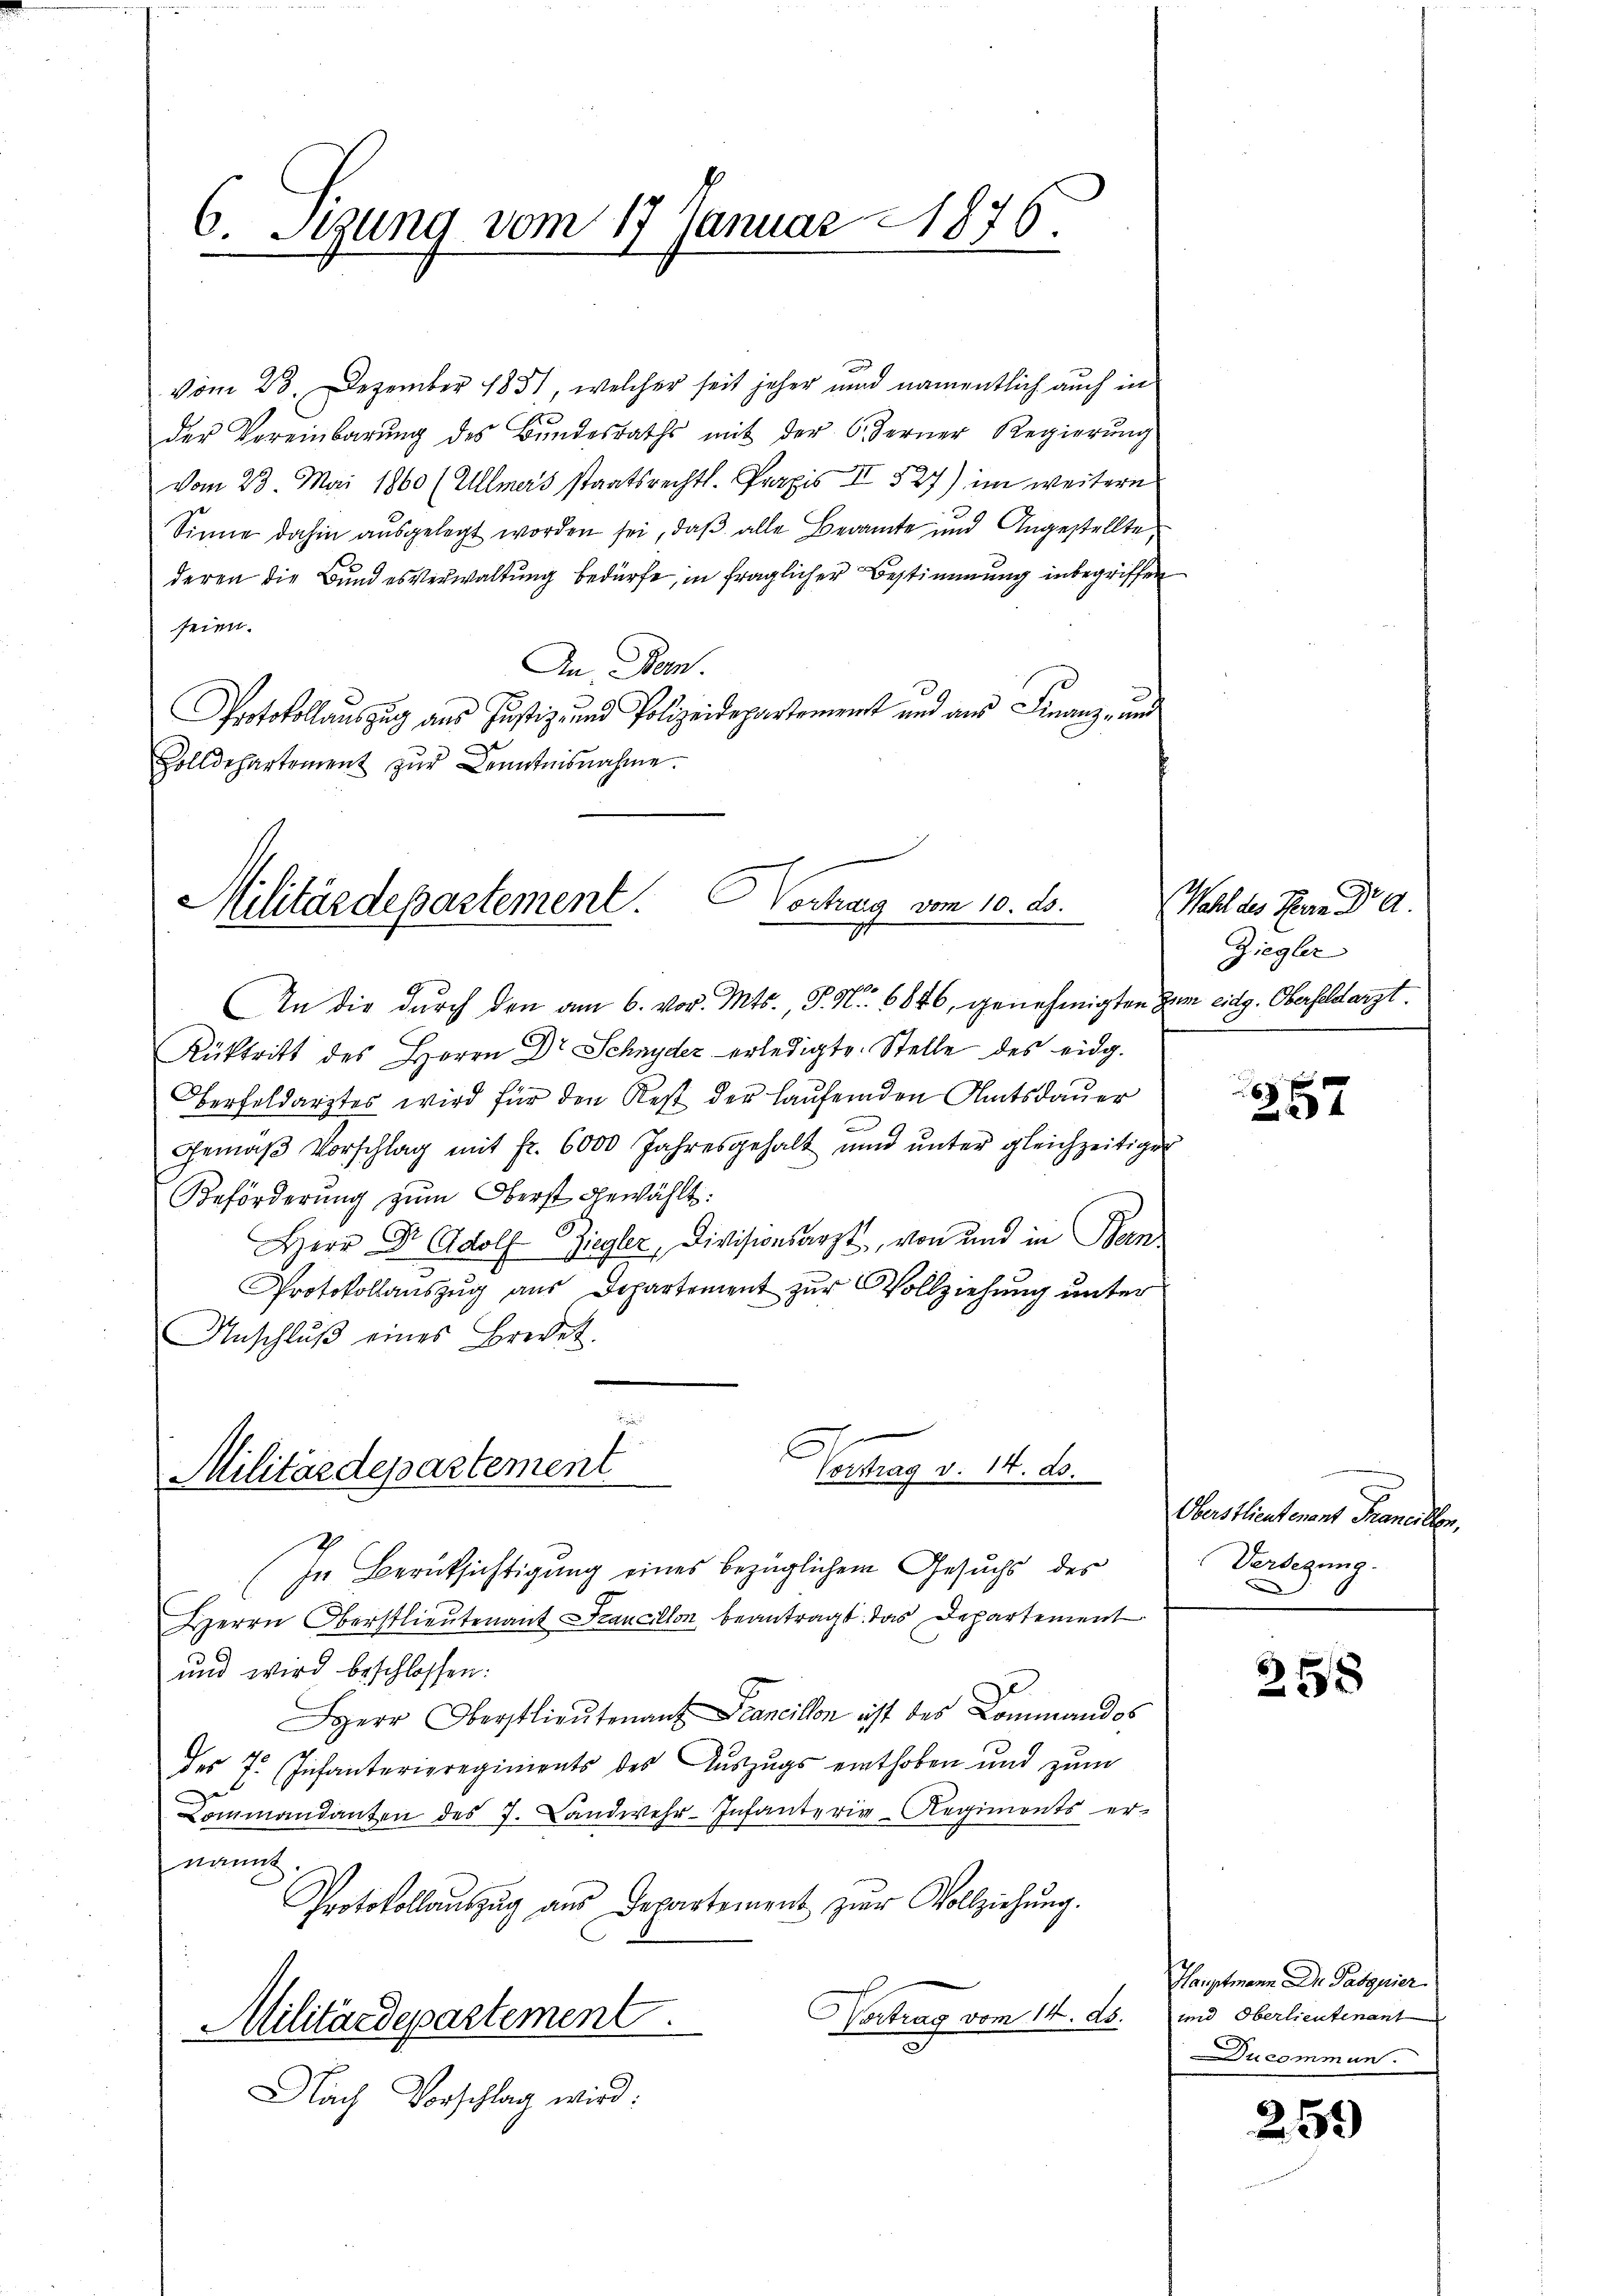
vom 23. Dezember 1851, welcher seit jeher und namentlich auch in
der Vereinbarŭng des Bŭndesraths mit der 6. Ferner Regierŭng
vom 23. Mai 1860 (Ullmers staatsrechtl. Praxis II 527) im weitere
Sinne dahin ausgelegt worden sei, daß alle Beamte und Angestellte,
deren die Bundesverwaltung bedürfe, in fraglicher Bestimmung inbegriffen
seien.
An Bern.
Protokollauszug aus Justiz- und Polizeidepartement und aus Finanz- und
Zolldepartement zŭr Kenntnisnahme.

6. Segung vom 17. Januar 1876.
.

Vortrang vom 10. ds.
Militärdepartement.

In die durch den am 6. vor. Mts. S. Nr. 6846, genehmigten zum eidg. Oberfeldarzt.
Rüktritt des Herrn Dr Schnyder erledigte Stelle des eidg.
Oberfoldarztes wird für den Rest der Laufenden Amtsdauer
c
Gemäβ Vorschlag mit fr. 6000 Jahresgehalt und ŭnter gleichzeitiger
Beförderung zum Oberst gewählt:
Herr Dr. Adolf Ziegler, Divisionsarzt, von und in Ban
Protokollauszug aus Departement zur Vollziehung unter
Anschlŭβ eines Bredet.

Militärdepartement
Centrag v. 14. d.
In Berücksichtigung eines bezüglichem Gesuchs des

Herrn Oberstlieutenant Francillon beantragt, das Departement
und wird beschlossen:
HHerr Oberstlieutenant cancillon ist des Commandos
des 7. Infanteripregiments des Aŭszŭgs einthoben und zŭm
Lommandanten des J. Landwehr-Infanterie-Regiments er-
nannt.
Protokollauszug aus Departement zur Vollziehung.
Vertrag vom 14. ds. und Oberlieutenant
Militärdepartement.
Nach Vorschlag wird:

Wahl des Herrn Dr A.
Ziegler

257

Oberstlieutenant Francellen,
Verlegung.

258

Hauptmann Die Pasquier
Ducommuns.

259)